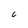
Character: C